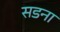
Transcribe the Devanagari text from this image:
सडना